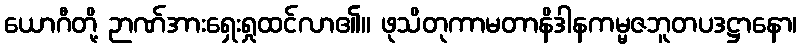
ယောဂီတို့ ဉာဏ်အားရှေးရှုထင်လာ၏။ ဖုသိတုကာမတာနိဒါနကမ္မဇဘူတပဒဋ္ဌာနော၊